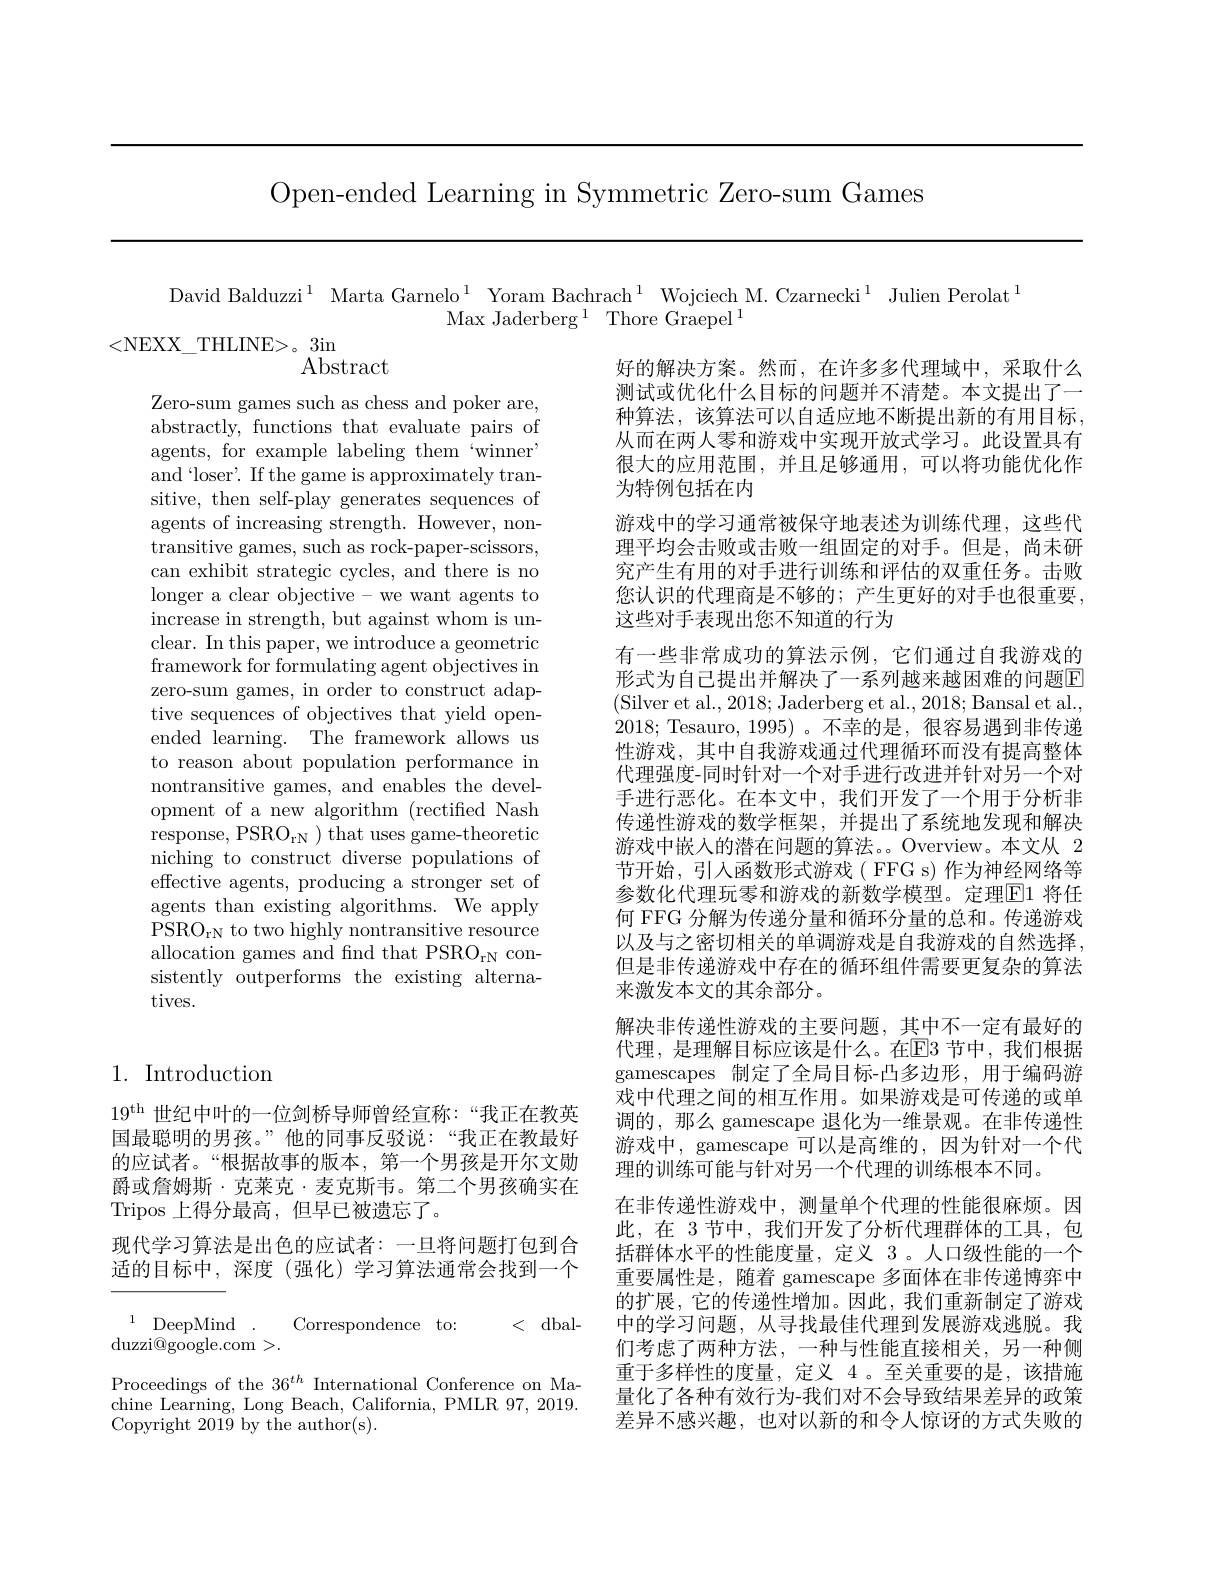
Open-ended Learning in Symmetric Zero-sum Games

David Balduzzi$^{1}$ Marta Garnelo$^{1}$ Yoram Bachrach$^{1}$ Wojciech M.Czarnecki$^{1}$ Julien Perolat$^{1}$
Max Jaderberg$^1$ Thore Graepel$^1$
<NEXX\_THLINE>。3in

Abstract

Zero-sum games such as chess and poker are, abstractly, functions that evaluate pairs of agents, for example labeling them ‘winner’ and 'loser'. If the game is approximately transitive, then self-play generates sequences of agents of increasing strength. However, nontransitive games, such as rock-paper-scissors, can exhibit strategic cycles, and there is no longer a clear objective- we want agents to increase in strength, but against whom is unclear. In this paper, we introduce a geometric framework for formulating agent objectives in zero-sum games, in order to construct adaptive sequences of objectives that yield openended learning. The framework allows us to reason about population performance in nontransitive games, and enables the development of a new algorithm (rectified Nash response, PSRO$_\mathrm{rN}$ ) that uses game-theoretic niching to construct diverse populations of effective agents, producing a stronger set of agents than existing algorithms. We apply $PSRO_{\mathrm{rN}} to two highly nontransitive resource$ allocation games and find that PSRO$_\mathrm{rN}$ consistently outperforms the existing alternatives.

好的解决方案。然而，在许多多代理域中，采取什么测试或优化什么目标的问题并不清楚。本文提出了一种算法，该算法可以自适应地不断提出新的有用目标， 从而在两人零和游戏中实现开放式学习。此设置具有很大的应用范围，并且足够通用，可以将功能优化作为特例包括在内
游戏中的学习通常被保守地表述为训练代理，这些代理平均会击败或击败一组固定的对手。但是，尚未研究产生有用的对手进行训练和评估的双重任务。击败您认识的代理商是不够的；产生更好的对手也很重要， 这些对手表现出您不知道的行为
有一些非常成功的算法示例，它们通过自我游戏的形式为自己提出并解决了一系列越来越困难的问题$\overline{\mathrm{E}}$ (Silver et al., 2018; Jaderberg et al., 2018; Bansal et al., 2018; Tesauro, 1995)。不幸的是，很容易遇到非传递性游戏，其中自我游戏通过代理循环而没有提高整体代理强度-同时针对一个对手进行改进并针对另一个对手进行恶化。在本文中，我们开发了一个用于分析非传递性游戏的数学框架，并提出了系统地发现和解决游戏中嵌入的潜在问题的算法。。Overview。本文从 2节开始，引入函数形式游戏( FFG s) 作为神经网络等参数化代理玩零和游戏的新数学模型。定理$\boxed{\mathrm{F}}1$ 将任何 FFG 分解为传递分量和循环分量的总和。传递游戏以及与之密切相关的单调游戏是自我游戏的自然选择， 但是非传递游戏中存在的循环组件需要更复杂的算法来激发本文的其余部分。
解决非传递性游戏的主要问题，其中不一定有最好的代理，是理解目标应该是什么。在E3 节中，我们根据gamescapes 制定了全局目标-凸多边形，用于编码游戏中代理之间的相互作用。如果游戏是可传递的或单调的，那么 gamescape 退化为一维景观。在非传递性游戏中，gamescape 可以是高维的，因为针对一个代理的训练可能与针对另一个代理的训练根本不同。
在非传递性游戏中，测量单个代理的性能很麻烦。因此，在 3节中，我们开发了分析代理群体的工具，包括群体水平的性能度量，定义 3 。人口级性能的一个重要属性是，随着 gamescape 多面体在非传递博弈中的扩展，它的传递性增加。因此，我们重新制定了游戏中的学习问题，从寻找最佳代理到发展游戏逃脱。我们考虑了两种方法，一种与性能直接相关，另一种侧重于多样性的度量，定义 4。至关重要的是，该措施量化了各种有效行为-我们对不会导致结果差异的政策差异不感兴趣，也对以新的和令人惊讶的方式失败的

## 1. Introduction

19$^\mathrm{th}$世纪中叶的一位剑桥导师曾经宣称：“我正在教英国最聪明的男孩。”他的同事反驳说：“我正在教最好的应试者。“根据故事的版本，第一个男孩是开尔文勋爵或詹姆斯·克莱克·麦克斯韦。第二个男孩确实在Tripos 上得分最高，但早已被遗忘了。
现代学习算法是出色的应试者：一旦将问题打包到合适的目标中，深度(强化)学习算法通常会找到一个

$^{1}$ DeepMind Correspondence to:

$<{\mathrm{dbal-}}$

$\operatorname{duzzi@google.com}>.$

Proceedings of the 36$^{th}$ International Conference on Machine Learning, Long Beach, California, PMLR 97, 2019. Copyright 2019 by the author(s).